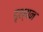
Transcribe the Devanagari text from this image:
दृश्यन